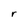
Character: r